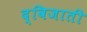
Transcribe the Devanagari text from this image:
द्विजाती